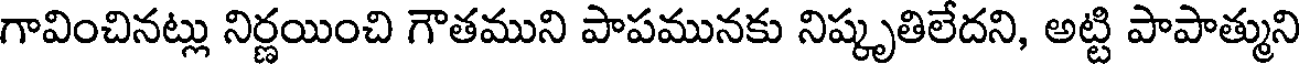
గావించినట్లు నిర్ణయించి గౌతముని పాపమునకు నిష్కృతిలేదని, అట్టి పాపాత్ముని